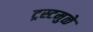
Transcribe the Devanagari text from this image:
ट्रस्टमुळे